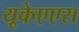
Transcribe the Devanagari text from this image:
यूकेएएस